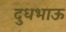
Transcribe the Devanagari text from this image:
दुधभाऊ